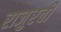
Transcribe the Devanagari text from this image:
राजुरची